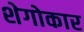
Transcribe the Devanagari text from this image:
शेगोकार